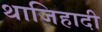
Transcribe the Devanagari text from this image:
थाजिहादी